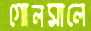
গোলমালে